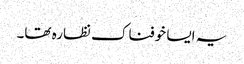
یہ ایسا خوفناک نظارہ تھا۔